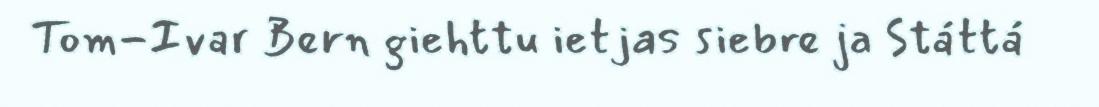
Tom-Ivar Bern giehttu ietjas siebre ja Státtá